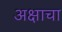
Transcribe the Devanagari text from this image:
अक्षाचा